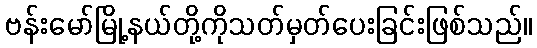
ဗန်းမော်မြို့နယ်တို့ကိုသတ်မှတ်ပေးခြင်းဖြစ်သည်။